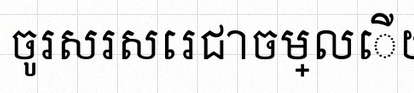
ចូរសរសេរជាចម្លើយ